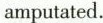
amputated.